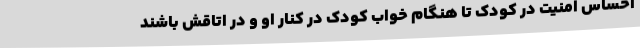
احساس امنیت در کودک تا هنگام خواب کودک در کنار او و در اتاقش باشند